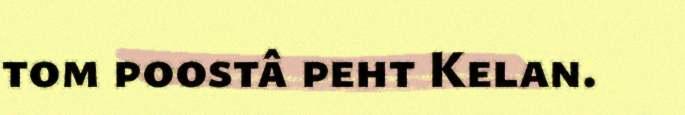
tom poostâ peht Kelan.